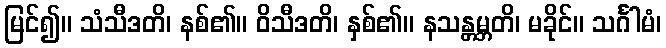
မြင်၍။ သံသီဒတိ၊ နစ်၏။ ဝိသီဒတိ၊ နှစ်၏။ နသန္တမ္ဘတိ၊ မခိုင်။ သင်္ဂါမံ၊